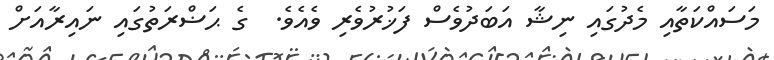
މަސައްކަތާއި މެދުގައި ނިޝާ އަބަދުވެސް ފަޚުރުވެރި ވެއެވެ.  ގެ ޙަޟްރަތުގައި ނައިރާއަށް